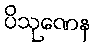
ပိသုဏေန